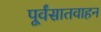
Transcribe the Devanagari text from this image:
पूर्वंसातवाहन